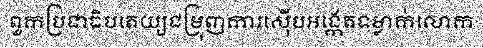
ពួកប្រជាធិបតេយ្យជម្រុញការស៊ើបអង្កេតទម្លាក់លោក